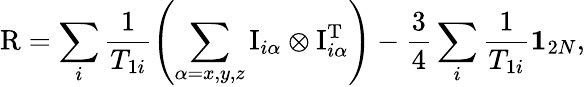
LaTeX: \mathrm{R}=\sum_{i}\frac{1}{T_{1i}}\left(\sum_{\alpha=x,y,z}\mathrm{I}_{i\alpha}\otimes\mathrm{I}_{i\alpha}^{\mathrm T}\right)-\frac{3}{4}\sum_{i}\frac{1}{T_{1i}}\textbf{1}_{2N},